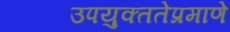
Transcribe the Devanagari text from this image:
उपयुक्ततेप्रमाणे